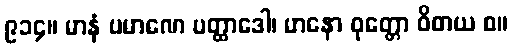
၉၁၄။ မာနံ ပမာဏေ ပတ္ထာဒေါ၊ မာနော ဝုတ္တော ဝိဓာယ စ။